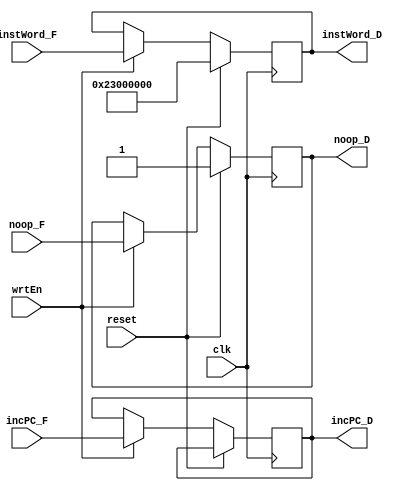
module FDBuffer(clk,
				reset,
				wrtEn,

				//input data
				incPC_F,
				instWord_F,

				//output data
				incPC_D,
				instWord_D,

				noop_F,
				noop_D);
				
	parameter DBITS = 32;
	parameter RESETVAL = 32'b0010_0011_0000_0000_0000_0000_0000_0000;

	input noop_F;
	output reg noop_D;

	input clk, reset, wrtEn;

	//Data
	input [DBITS - 1 : 0] incPC_F;
	output reg [DBITS - 1 : 0] incPC_D;

	input [DBITS - 1 : 0] instWord_F;
	output reg [DBITS - 1 : 0] instWord_D;

	always @(posedge clk) begin
		if(reset) begin
			instWord_D = RESETVAL;
			noop_D <= 1'b1;
		end
		else if(wrtEn) begin
			incPC_D <= incPC_F;
			instWord_D <= instWord_F;

			//new additions
			noop_D <= noop_F;
		end
	end
endmodule